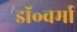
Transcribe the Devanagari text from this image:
डॉ॰वर्मा